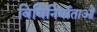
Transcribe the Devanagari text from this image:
विधिनिर्माताओं